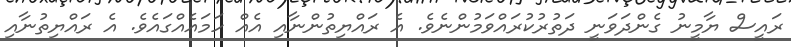
ރައީސް ޔާމީނު ގެންދަވަނީ ދަތުރުކުރައްވަމުންނެވެ. އެ ރައްޔިތުންނާއި އެއް ހަމައެއްގައެވެ. އެ ރައްޔިތުނާއި